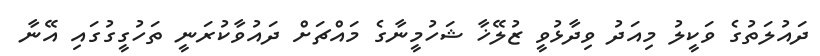
ދައުލަތުގެ ވަކީލު މިއަދު ވިދާޅުވީ ޒުލޭޚާ ޝަހުމީނާގެ މައްޗަށް ދައުވާކުރަނީ ތަހުގީގުގައި އޭނާ